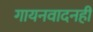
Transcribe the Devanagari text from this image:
गायनवादनही